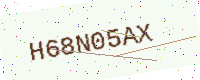
Text: H68N05AX